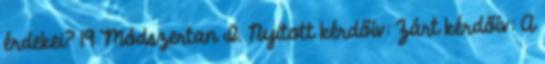
érdekei? 19 Módszertan I. Nyitott kérdőív: Zárt kérdőív: A